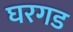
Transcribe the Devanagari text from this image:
घरगड